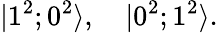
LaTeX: |1^{2};0^{2}\rangle,\quad|0^{2};1^{2}\rangle.